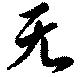
无